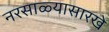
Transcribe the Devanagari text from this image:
नरसाळ्यासारखे